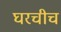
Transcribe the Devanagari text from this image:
घरचीच